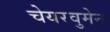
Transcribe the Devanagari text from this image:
चेयरवुमेन